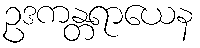
ဥဒကန္တရာယေန